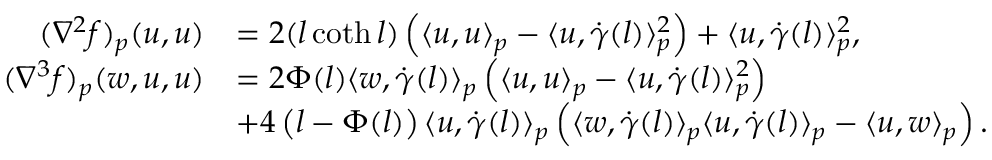
\begin{array} { r l } { ( \nabla ^ { 2 } f ) _ { p } ( u , u ) } & { = 2 ( l \coth l ) \left( \langle u , u \rangle _ { p } - \langle u , \dot { \gamma } ( l ) \rangle _ { p } ^ { 2 } \right) + \langle u , \dot { \gamma } ( l ) \rangle _ { p } ^ { 2 } , } \\ { ( \nabla ^ { 3 } f ) _ { p } ( w , u , u ) } & { = 2 \Phi ( l ) \langle w , \dot { \gamma } ( l ) \rangle _ { p } \left( \langle u , u \rangle _ { p } - \langle u , \dot { \gamma } ( l ) \rangle _ { p } ^ { 2 } \right) } \\ & { + 4 \left( l - \Phi ( l ) \right) \langle u , \dot { \gamma } ( l ) \rangle _ { p } \left( \langle w , \dot { \gamma } ( l ) \rangle _ { p } \langle u , \dot { \gamma } ( l ) \rangle _ { p } - \langle u , w \rangle _ { p } \right) . } \end{array}